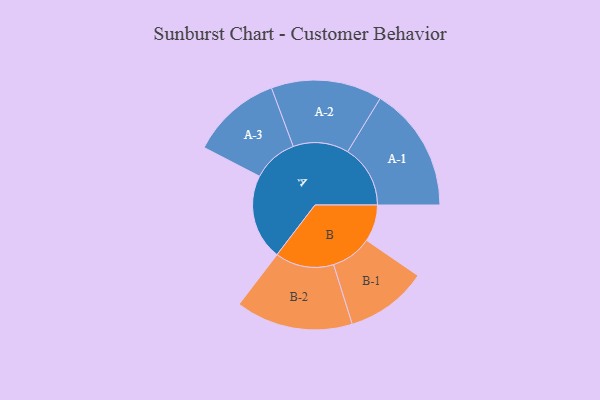
{"axis": {"x": "Segment", "y": "Value"}, "legend": ["", "A", "B"], "data": [{"x": "A", "y": 381, "type": ""}, {"x": "B", "y": 164, "type": ""}, {"x": "A-1", "y": 279, "type": "A"}, {"x": "A-2", "y": 247, "type": "A"}, {"x": "A-3", "y": 201, "type": "A"}, {"x": "B-1", "y": 182, "type": "B"}, {"x": "B-2", "y": 261, "type": "B"}]}